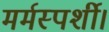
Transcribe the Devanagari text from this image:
मर्मस्पर्शी।